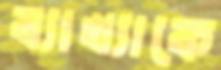
ব্যাখ্যাকে